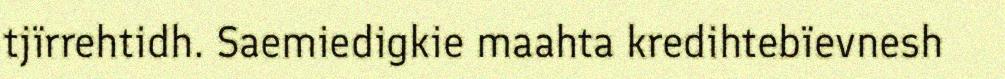
tjïrrehtidh. Saemiedigkie maahta kredihtebïevnesh